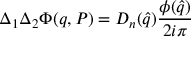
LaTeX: \Delta _ { 1 } \Delta _ { 2 } \Phi ( q , P ) = D _ { n } ( { \hat { q } } ) \frac { \phi ( { \hat { q } } ) } { 2 i \pi }